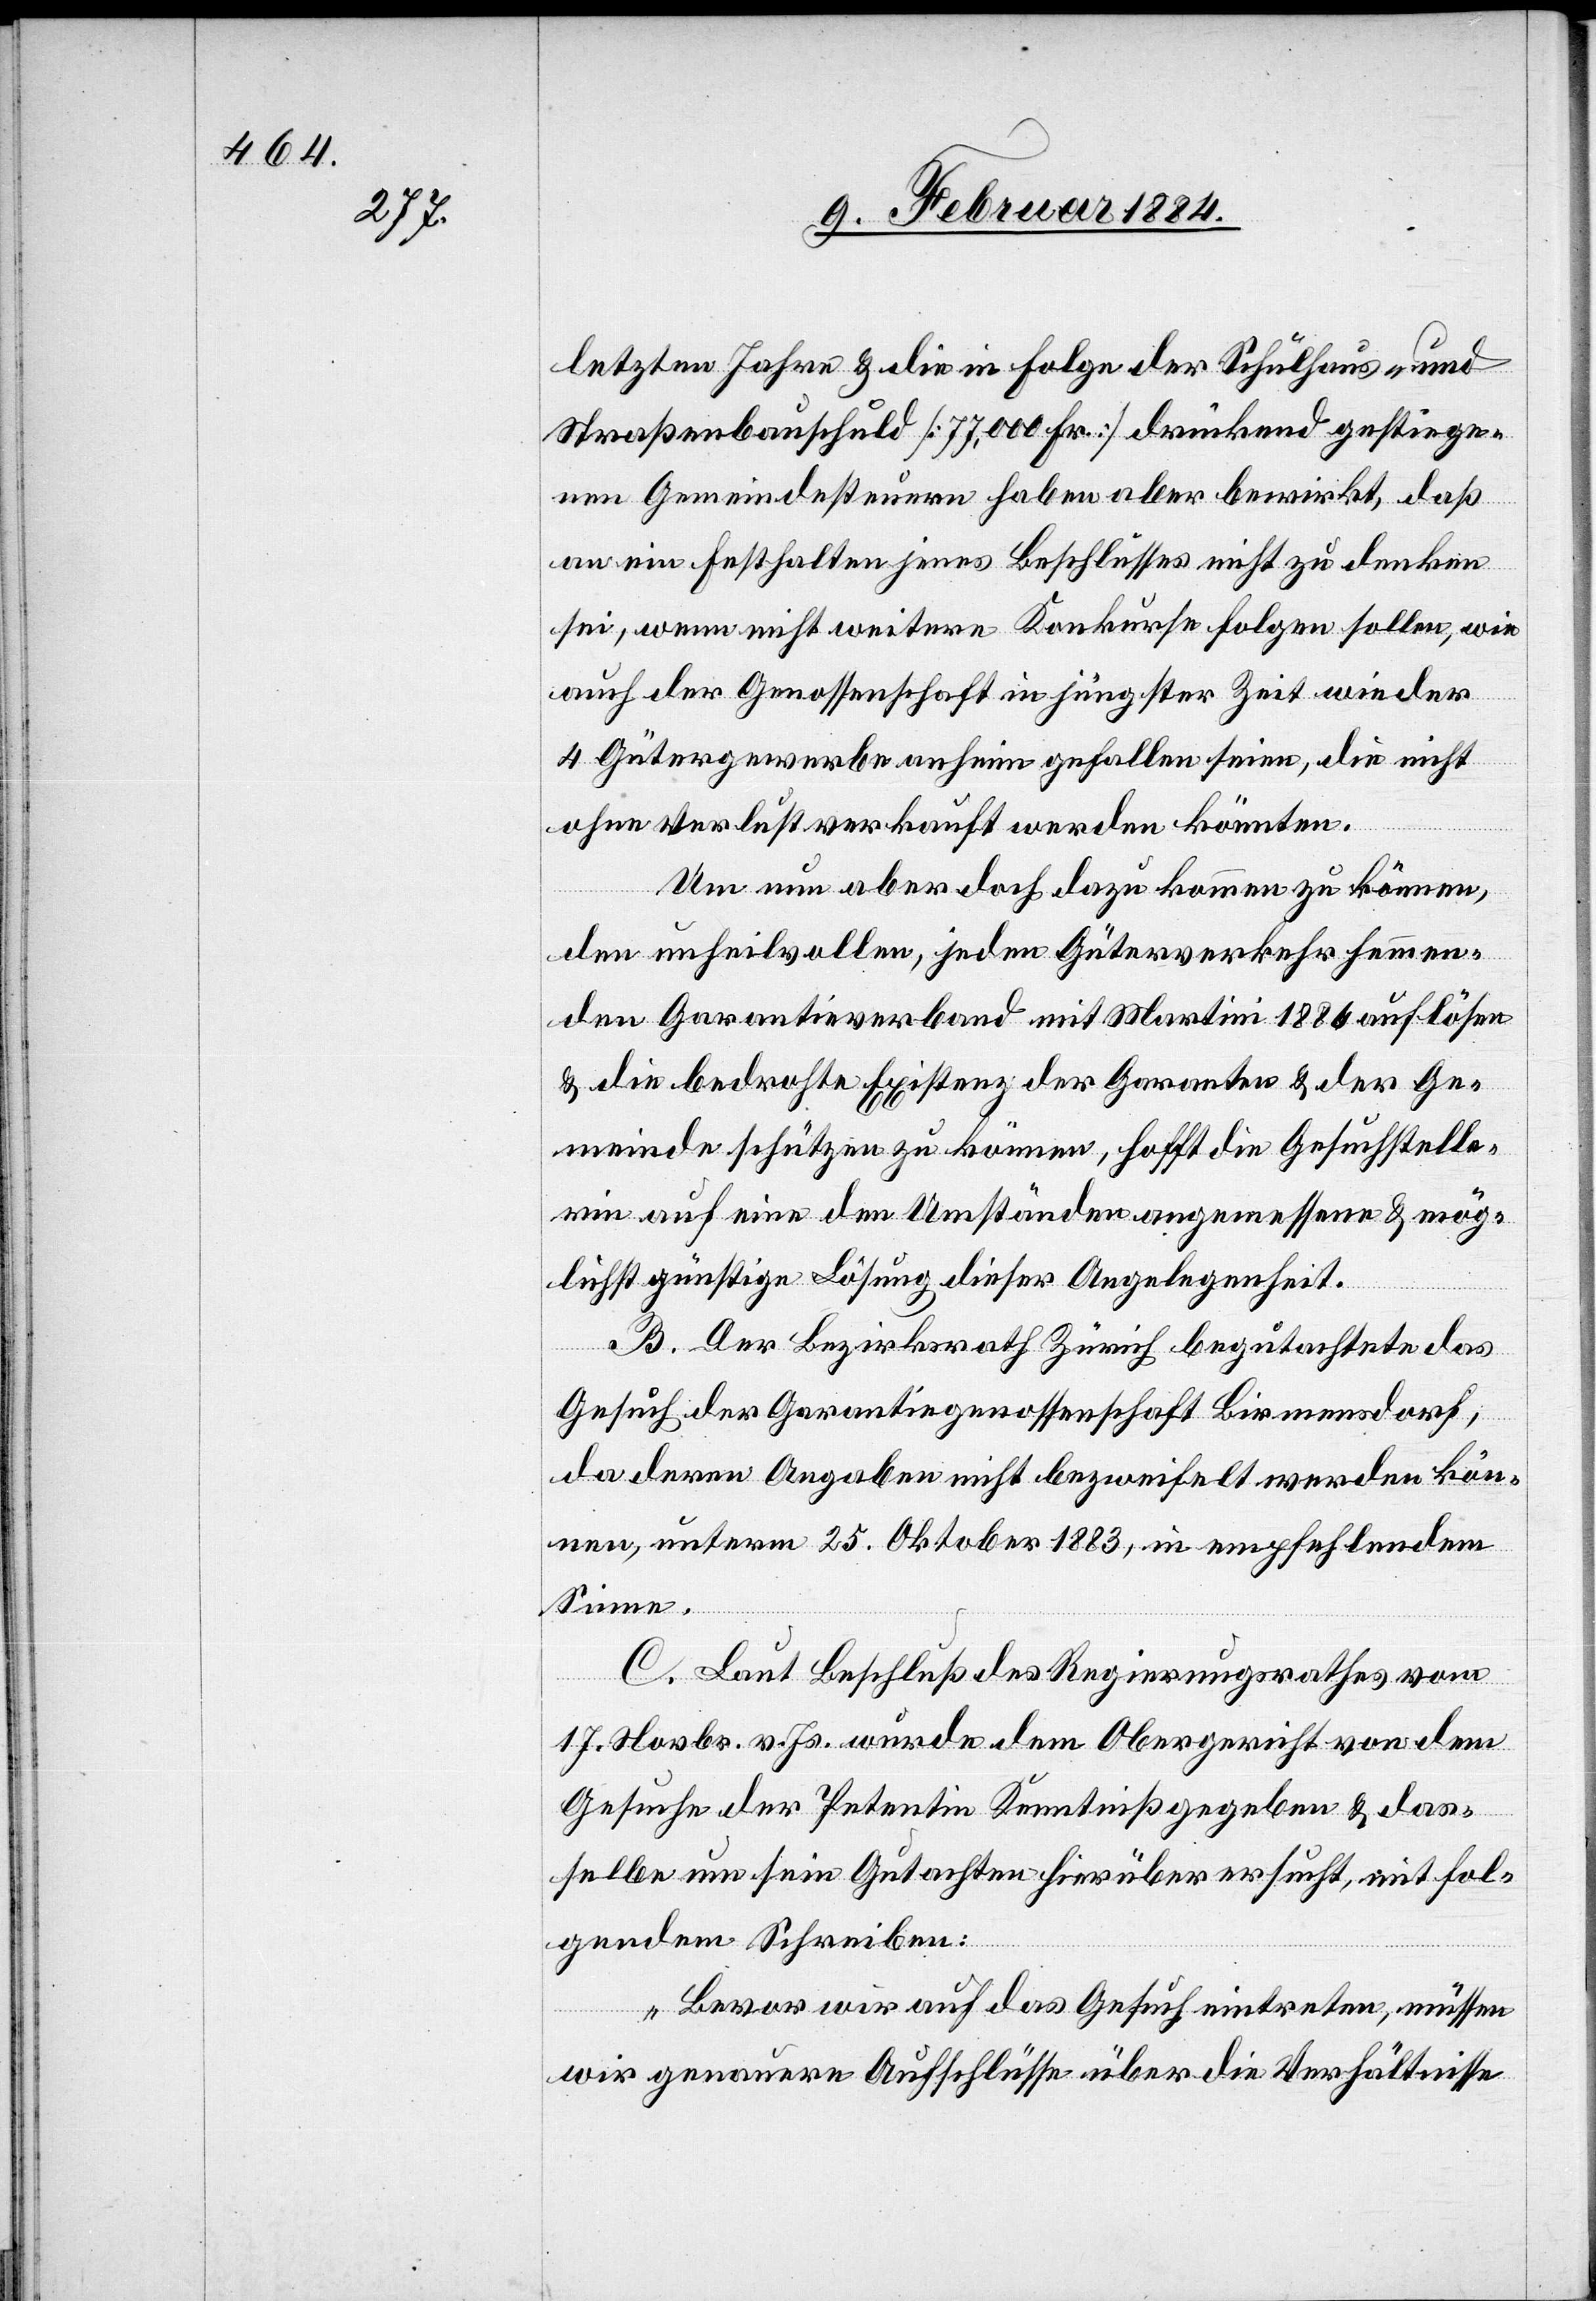
letzten Jahre & die in Folge der Schulhaus- und
Straßenbauschuld [77,000 Fr.] drückend gestiege¬
nen Gemeindesteuern haben aber bewirkt, daß
an ein Festhalten jenes Beschlusses nicht zu denken
sei, wenn nicht weitere Konkurse folgen sollen, wie
auch der Genossenschaft in jüngster Zeit wieder
4 Gütergewerbe anheim gefallen seien, die nicht
ohne Verlust verkauft werden könnten.
Um nun aber doch dazu kommen zu können,
den unheilvollen, jeden Güterverkehr hemmen¬
den Garantieverband mit Martini 1886 auflösen
& die bedrohte Existenz der Garanten & der Ge¬
meinde schützen zu können, hofft die Gesuchstelle¬
rin auf eine den Umständen angemessene & mög¬
lichst günstige Lösung dieser Angelegenheit.
B. Der Bezirksrath Zürich begutachtete das
Gesuch der Garantiegenossenschaft Birmensdorf,
da deren Angaben nicht bezweifelt werden kön¬
nen, unterm 25. Oktober 1883, in empfehlendem
Sinne.
C. Laut Beschluß des Regierungsrathes vom
17. Novbr. v. Js. wurde dem Obergericht von dem
Gesuche der Petentin Kenntniß gegeben & das¬
selbe um ein Gutachten hierüber ersucht, mit fol¬
gendem Schreiben:
„Bevor wir auf das Gesuch eintreten, müssen
wir genauere Aufschlüße über die Verhältnisse